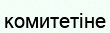
комитетіне